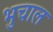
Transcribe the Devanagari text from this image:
भुचाल